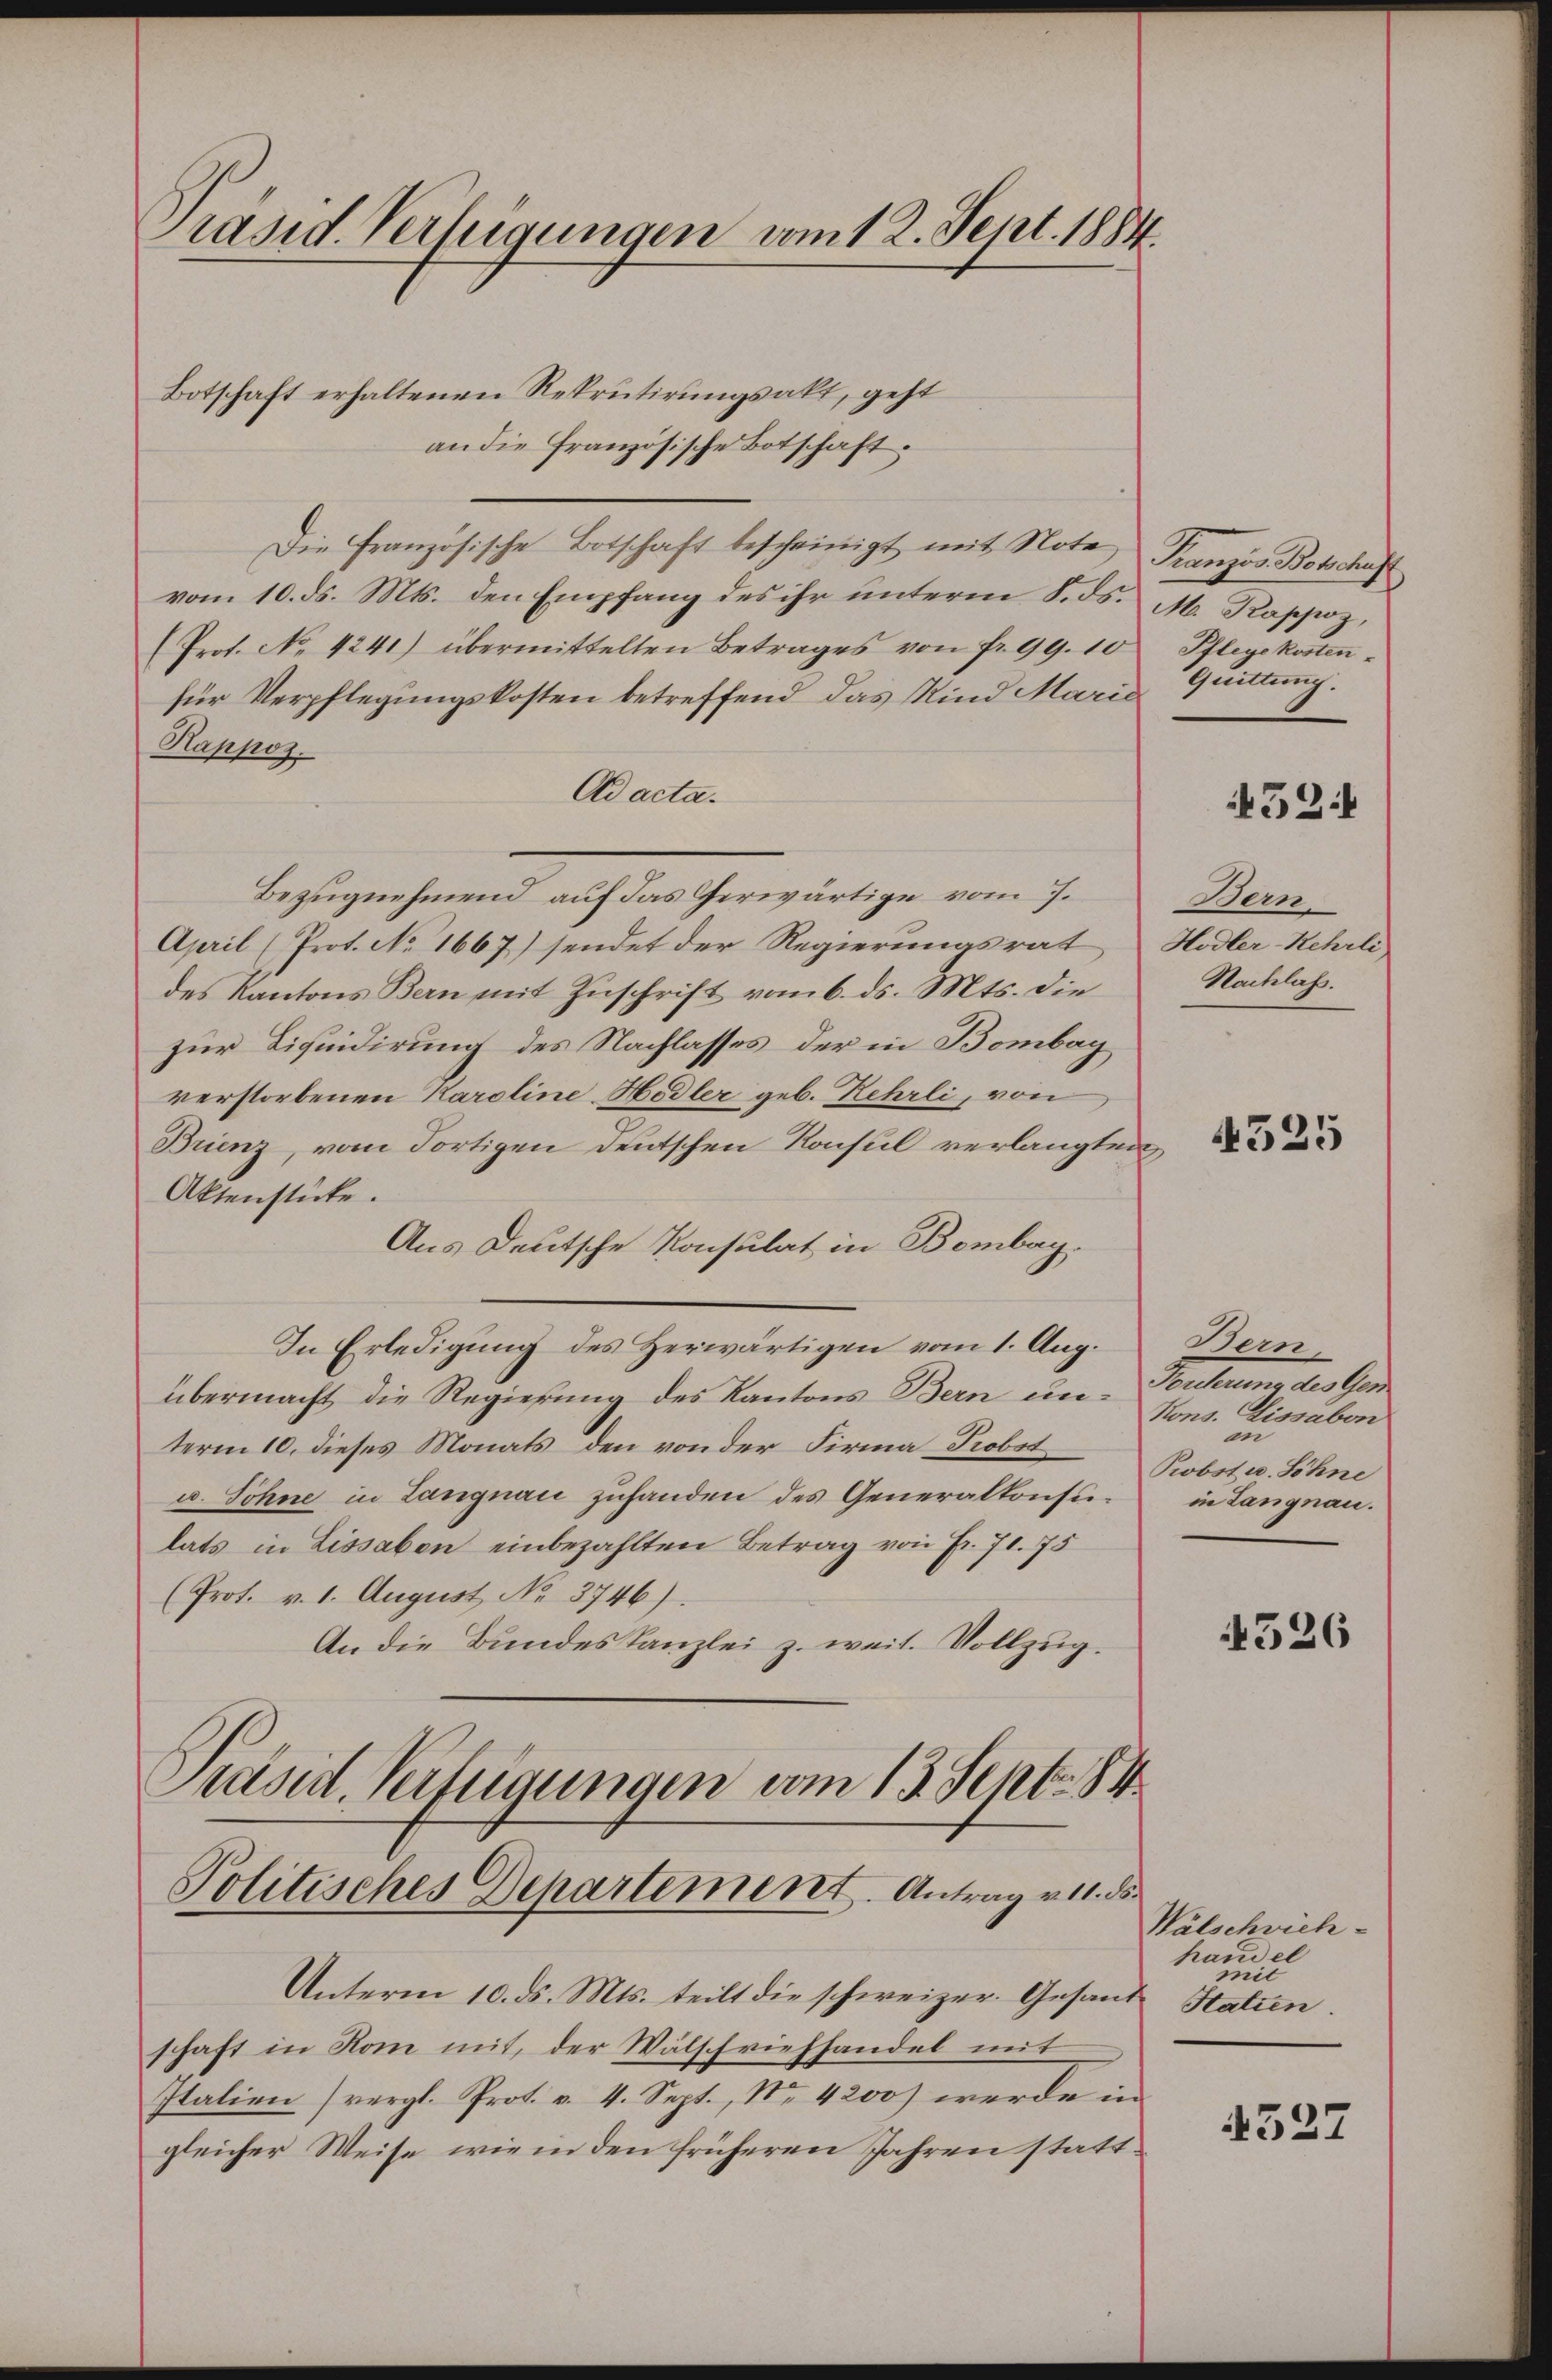
Präsid. Verfügungen vom 12. Sept. 1884.

Botschaft erhaltenen Rekrutirungsakt, geht
an die Französische Botschaft
Die Französische Botschaft bescheinigt mit Note
vom 10. ds. Mts. den Empfang des ihr unterm 8. ds. M. Kappoz,
(Prot. No 4241) übermittelten Betrages von fr. 99. 10 Pflegekostenfür Verpflegungskosten betreffend das Kind Marie
Kappos.
Ad acta.
Bezugnehmend auf das Gerwärtige vom 7.
April (Prot. No 1667) sendet der Regierungsrat
des Kantons Bern mit Zuschrift vom 6. ds. Mts. die
zur Liquidirung des Nachlasses, der in Bombay
verstorbenen Karoline Hodler geb. Rehrli, von
Brienz, vom Fortigen deutschen Konsul verlangten
Aktenstücke.
Aus Deutsche Konsulat in Bombarg
In Erledigung des Herwärtigen vom 1. Aug.
übermacht die Regierung des Kantons Bern ein- Verehrung des Gen
term 10. dieses Monats den von der Firma Probst
u. Söhne in Langnau zuhanden des Generalkonsulats in Lissaben einbezahlten Betrag von Fr. 71. 75
(Prot. v. 1. August No 3746).
An die Bundeskanzlei z. weit. Vollzug.
Präsid. Verfügungen vom 13. Sept. 84

Politisches Departement. Antrag v. 11. ds.

Unterm 10. ds. Mts. teilt die schweizer. Gesand Statten.
schaft in Rom mit, der Wälschriehhandel mit
Italien (vergl. Prot. v. 4. Sept., Nr. 4200) werde in
gleicher Weise wie in den früheren Jahren statt¬

Kranzös. Botschaft
Quittung.

452.

Demn
Hodler-Hehrli
Nachlass.

4325

Bern,
Kons. Lissabon
in
Probst u. Söhne
in Langnau.

526

Wälschwich-
handel
mit

4527